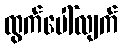
ထွက်ပေါ်လျက်